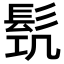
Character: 𩬛